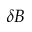
\delta B